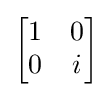
{\begin{bmatrix}1&0\\0&i\end{bmatrix}}